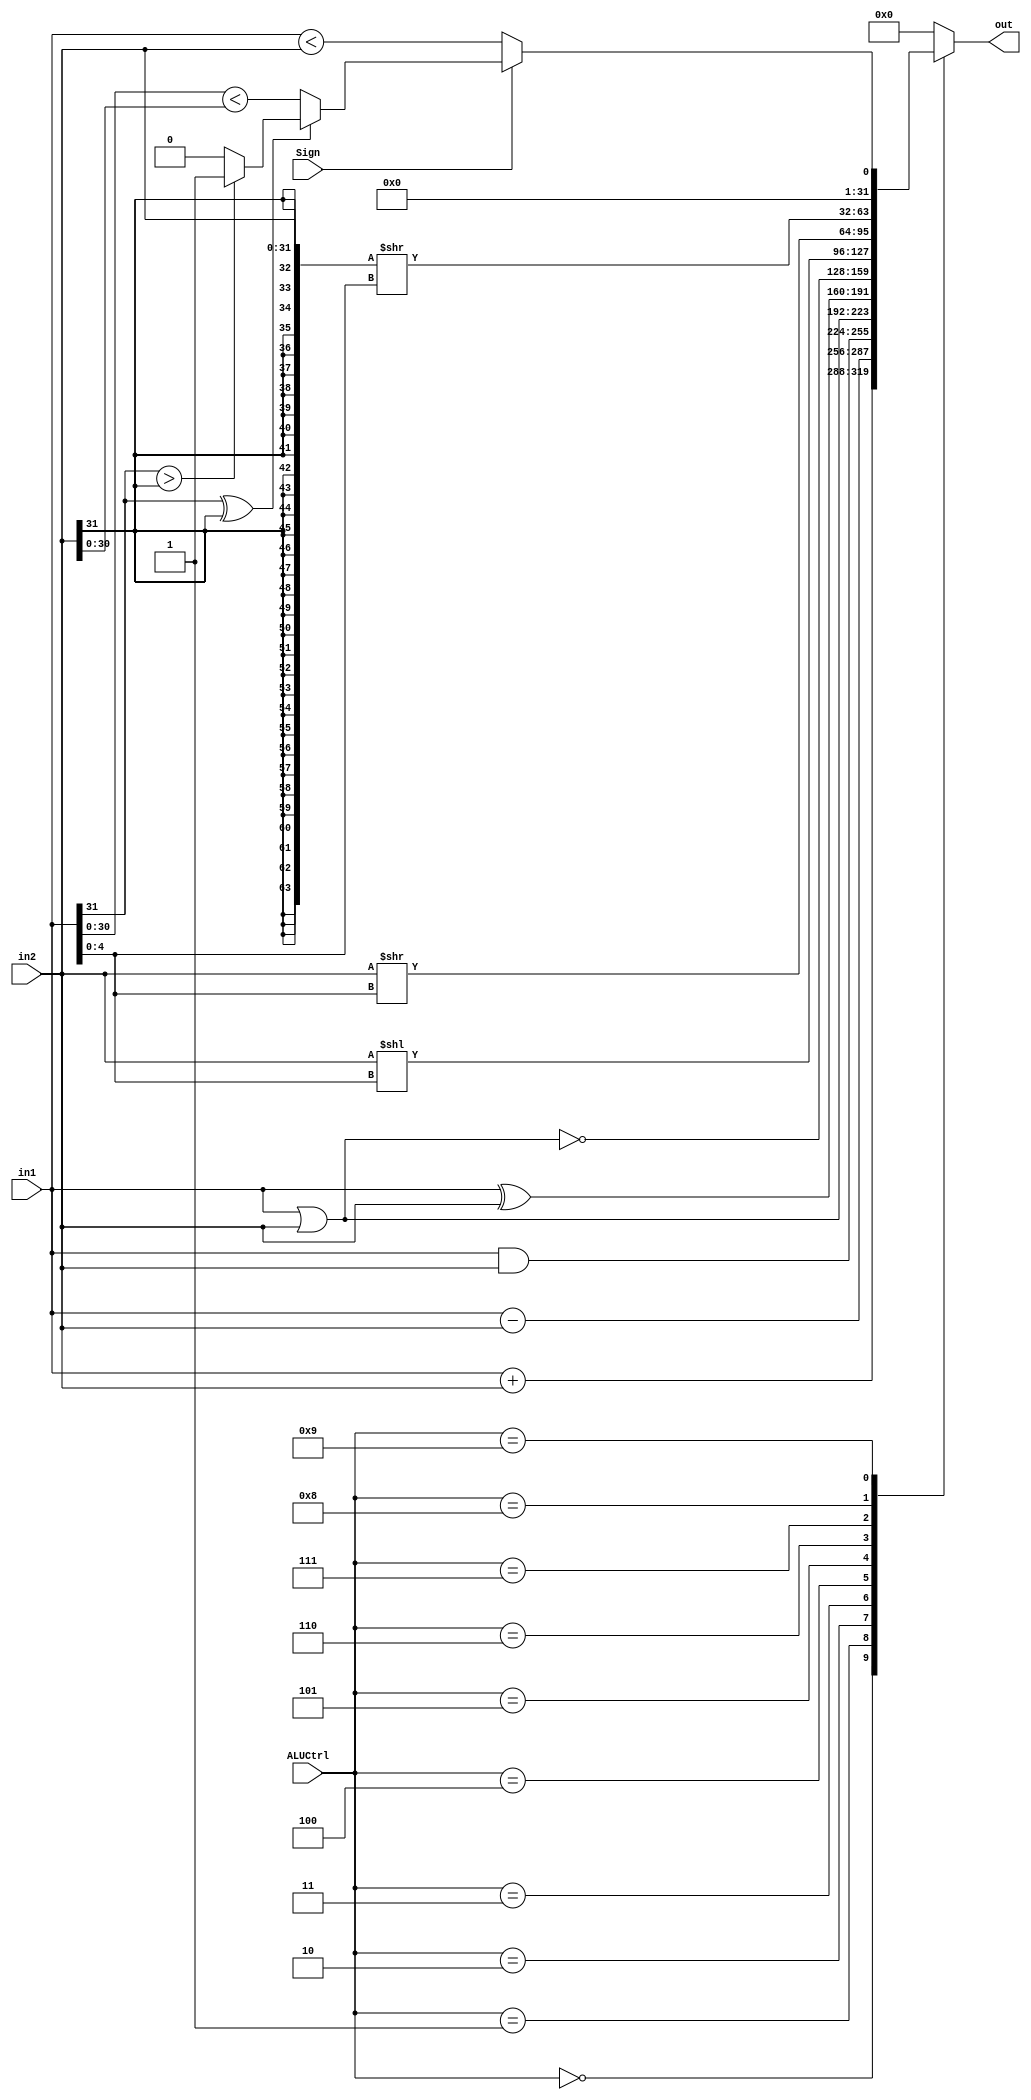
`timescale 1ns / 1ps
module ALU (
    ALUCtrl,
    Sign,
    in1,
    in2,
    out
);

parameter ADD = 0;
parameter SUB = 1;
parameter AND = 2;
parameter OR = 3;
parameter XOR = 4;
parameter NOR = 5;
parameter SLL = 6;
parameter SRL = 7;
parameter SRA = 8;
parameter SLT = 9;

input [4:0] ALUCtrl;
input Sign;
input [31:0] in1;
input [31:0] in2;
output [31:0] out;

reg [31:0] out;

wire lt_low31;
wire lt_sign;
assign lt_low31 = (in1[30:0] < in2[30:0]);
assign lt_sign = (
    (in1[31] ^ in2[31]) ? 
    (in1[31] > in2[31] ? 1 : 0)
    : lt_low31
);

always @(*) begin
    case(ALUCtrl)
    ADD: out <= in1 + in2;
    SUB: out <= in1 - in2;
    AND: out <= in1 & in2;
    OR: out <= in1 | in2;
    XOR: out <= in1 ^ in2;
    NOR: out <= ~(in1 | in2);
    SLL: out <= in2 << in1[4:0];
    SRL: out <= in2 >> in1[4:0];
    SRA: out <= {{32{in2[31]}}, in2} >> in1[4:0];
    SLT: out <= {31'h00000000, Sign ? lt_sign : in1 < in2};
    default: out <= 0;
    endcase
end

endmodule